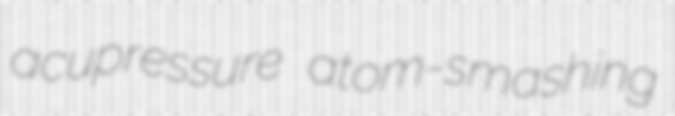
acupressure atom-smashing